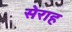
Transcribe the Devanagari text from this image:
सेराह